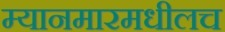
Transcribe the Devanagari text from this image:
म्यानमारमधीलच